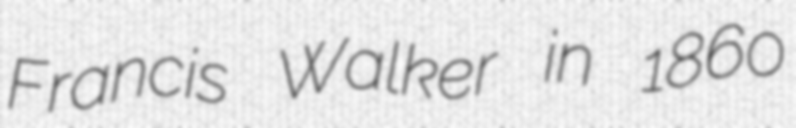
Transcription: Francis Walker in 1860